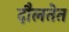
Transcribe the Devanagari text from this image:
दौलतेत